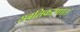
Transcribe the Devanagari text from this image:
सबलिकरणात